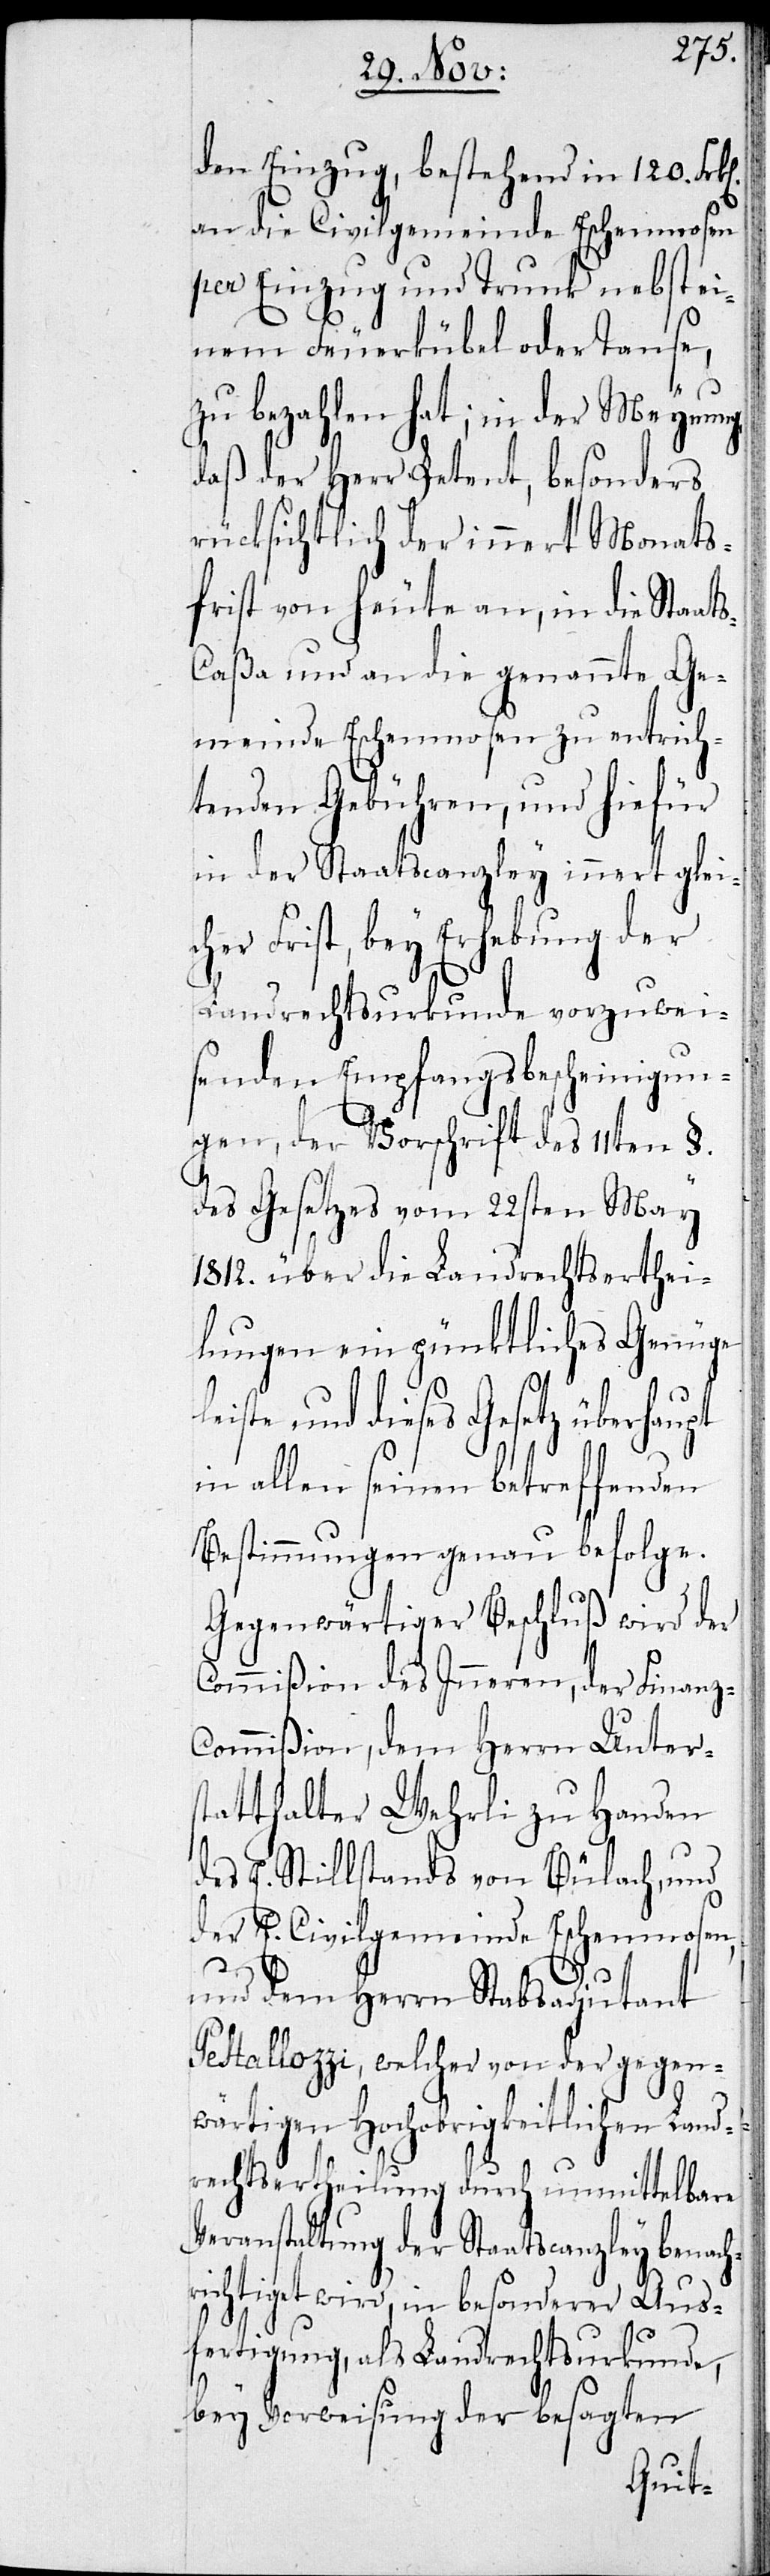
den Einzug, bestehend in 120. Frk¬
an die Civilgemeinde Eschenmosen
per Einzug und Trunk nebst ei¬
nem Feuerkübel oder Tause,
zu bezahlen hat; in der Meynung,
daß der Herr Petent, besonders
rücksichtlich der innert Monats¬
frist von heute an die genannte
Gemeinde Eschenmosen zu entrich¬
tenden Gebühren, und hiefür
in der Staatscanzley innert gle¬
her Frist, bey Erhebung d¬
Landrechtsurkunde vorzuwei¬
senden Empfangsbescheinigun¬
gen, der Vorschrift des 11ten §.
des Gesetzes vom 22sten May
1812. über die Landrechtserthei¬
lungen ein pünktliches Genüge
iste, und dieses Gesetz überhau¬
in allen seinen betreffenden
Bestimmungen genau befolge.
Gegenwärtiger Beschluß wird
Commißion des Inneren, der Finan¬
ommißion, dem Herrn Unters¬
tatthalter Wehrli zu Handen
des E. Stillstands von Bülach und
der E. Civilgemeinde Eschenmosen,
z-C¬
und dem Herrn Stabsadjutant
Pestallozzi, welcher von der gegen¬
wärtigen Hochobrigkeitlichen Lan¬
drechtsertheilung durch unmittelbare
Veranstaltung der Staatscanzley benach¬
richtiget wird, in besonderer Aus¬
fertigung, als Landrechtsurkunde,
bey Verweisung der besagten